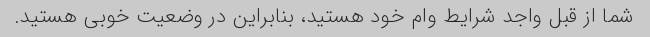
شما از قبل واجد شرایط وام خود هستید، بنابراین در وضعیت خوبی هستید.